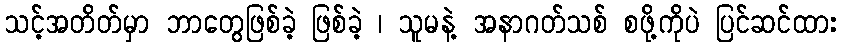
သင့်အတိတ်မှာ ဘာတွေဖြစ်ခဲ့ ဖြစ်ခဲ့ ၊ သူမနဲ့ အနာဂတ်သစ် စဖို့ကိုပဲ ပြင်ဆင်ထား